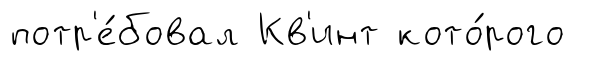
потр'е́бовал Кв'инт кото́рого